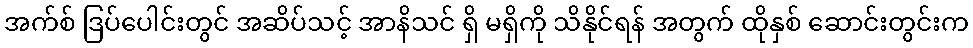
အက်စ် ဒြပ်ပေါင်းတွင် အဆိပ်သင့် အာနိသင် ရှိ မရှိကို သိနိုင်ရန် အတွက် ထိုနှစ် ဆောင်းတွင်းက